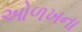
ઓળખના